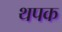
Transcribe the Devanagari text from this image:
थपक